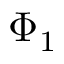
\Phi _ { 1 }